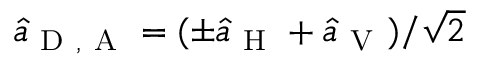
\hat { a } _ { \mathrm { ~ D ~ } , \mathrm { ~ A ~ } } = ( \pm \hat { a } _ { \mathrm { ~ H ~ } } + \hat { a } _ { \mathrm { ~ V ~ } } ) / \sqrt { 2 }